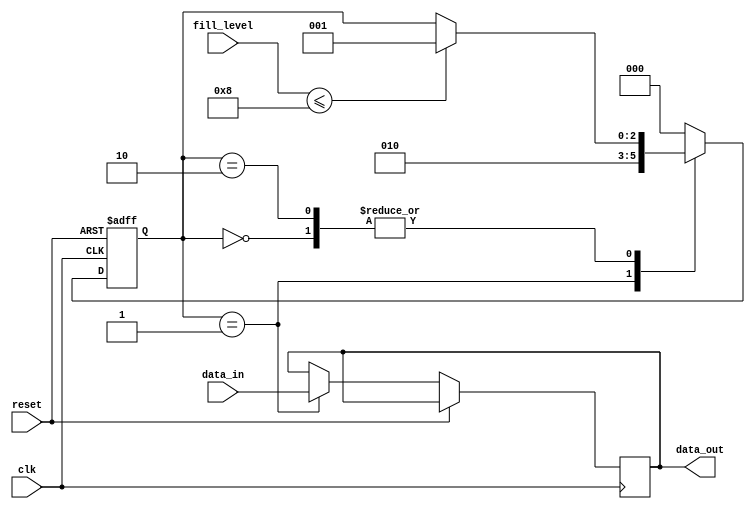
module almost_empty_fifo (
    input wire clk,
    input wire reset,
    input wire fill_level,
    input wire data_in,
    output reg data_out
);

// Parameters
parameter THRESHOLD = 8; // Define the threshold for almost empty

// Internal signals
reg [2:0] state;

// State machine
always @(posedge clk or posedge reset) begin
    if (reset) begin
        state <= 3'b000;
    end else begin
        case(state)
            3'b000: begin // Idle state
                if (fill_level <= THRESHOLD) begin
                    state <= 3'b001; // Transition to fill state
                end
            end
            3'b001: begin // Fill state
                data_out <= data_in; // Write data to buffer
                state <= 3'b010; // Transition to read state
            end
            3'b010: begin // Read state
                if (fill_level <= THRESHOLD) begin
                    state <= 3'b001; // Transition back to fill state
                end
            end
            default: state <= 3'b000; // Return to idle state
        endcase
    end
end

endmodule